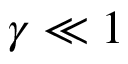
\gamma \ll 1